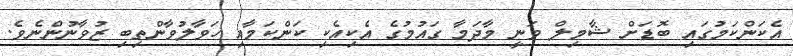
އެކަންކަމުގައި ބޮޑަށް ޝާމިލް ވަނީ މާދަމާ ގައުމުގެ އެކިއެކި ކަންކަމާއި ހަވާލުވާންތިބި ޒުވާނުންނެވެ.